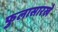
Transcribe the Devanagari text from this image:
फुलासारखे